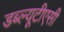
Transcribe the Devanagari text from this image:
डब्ल्यूटीएसी